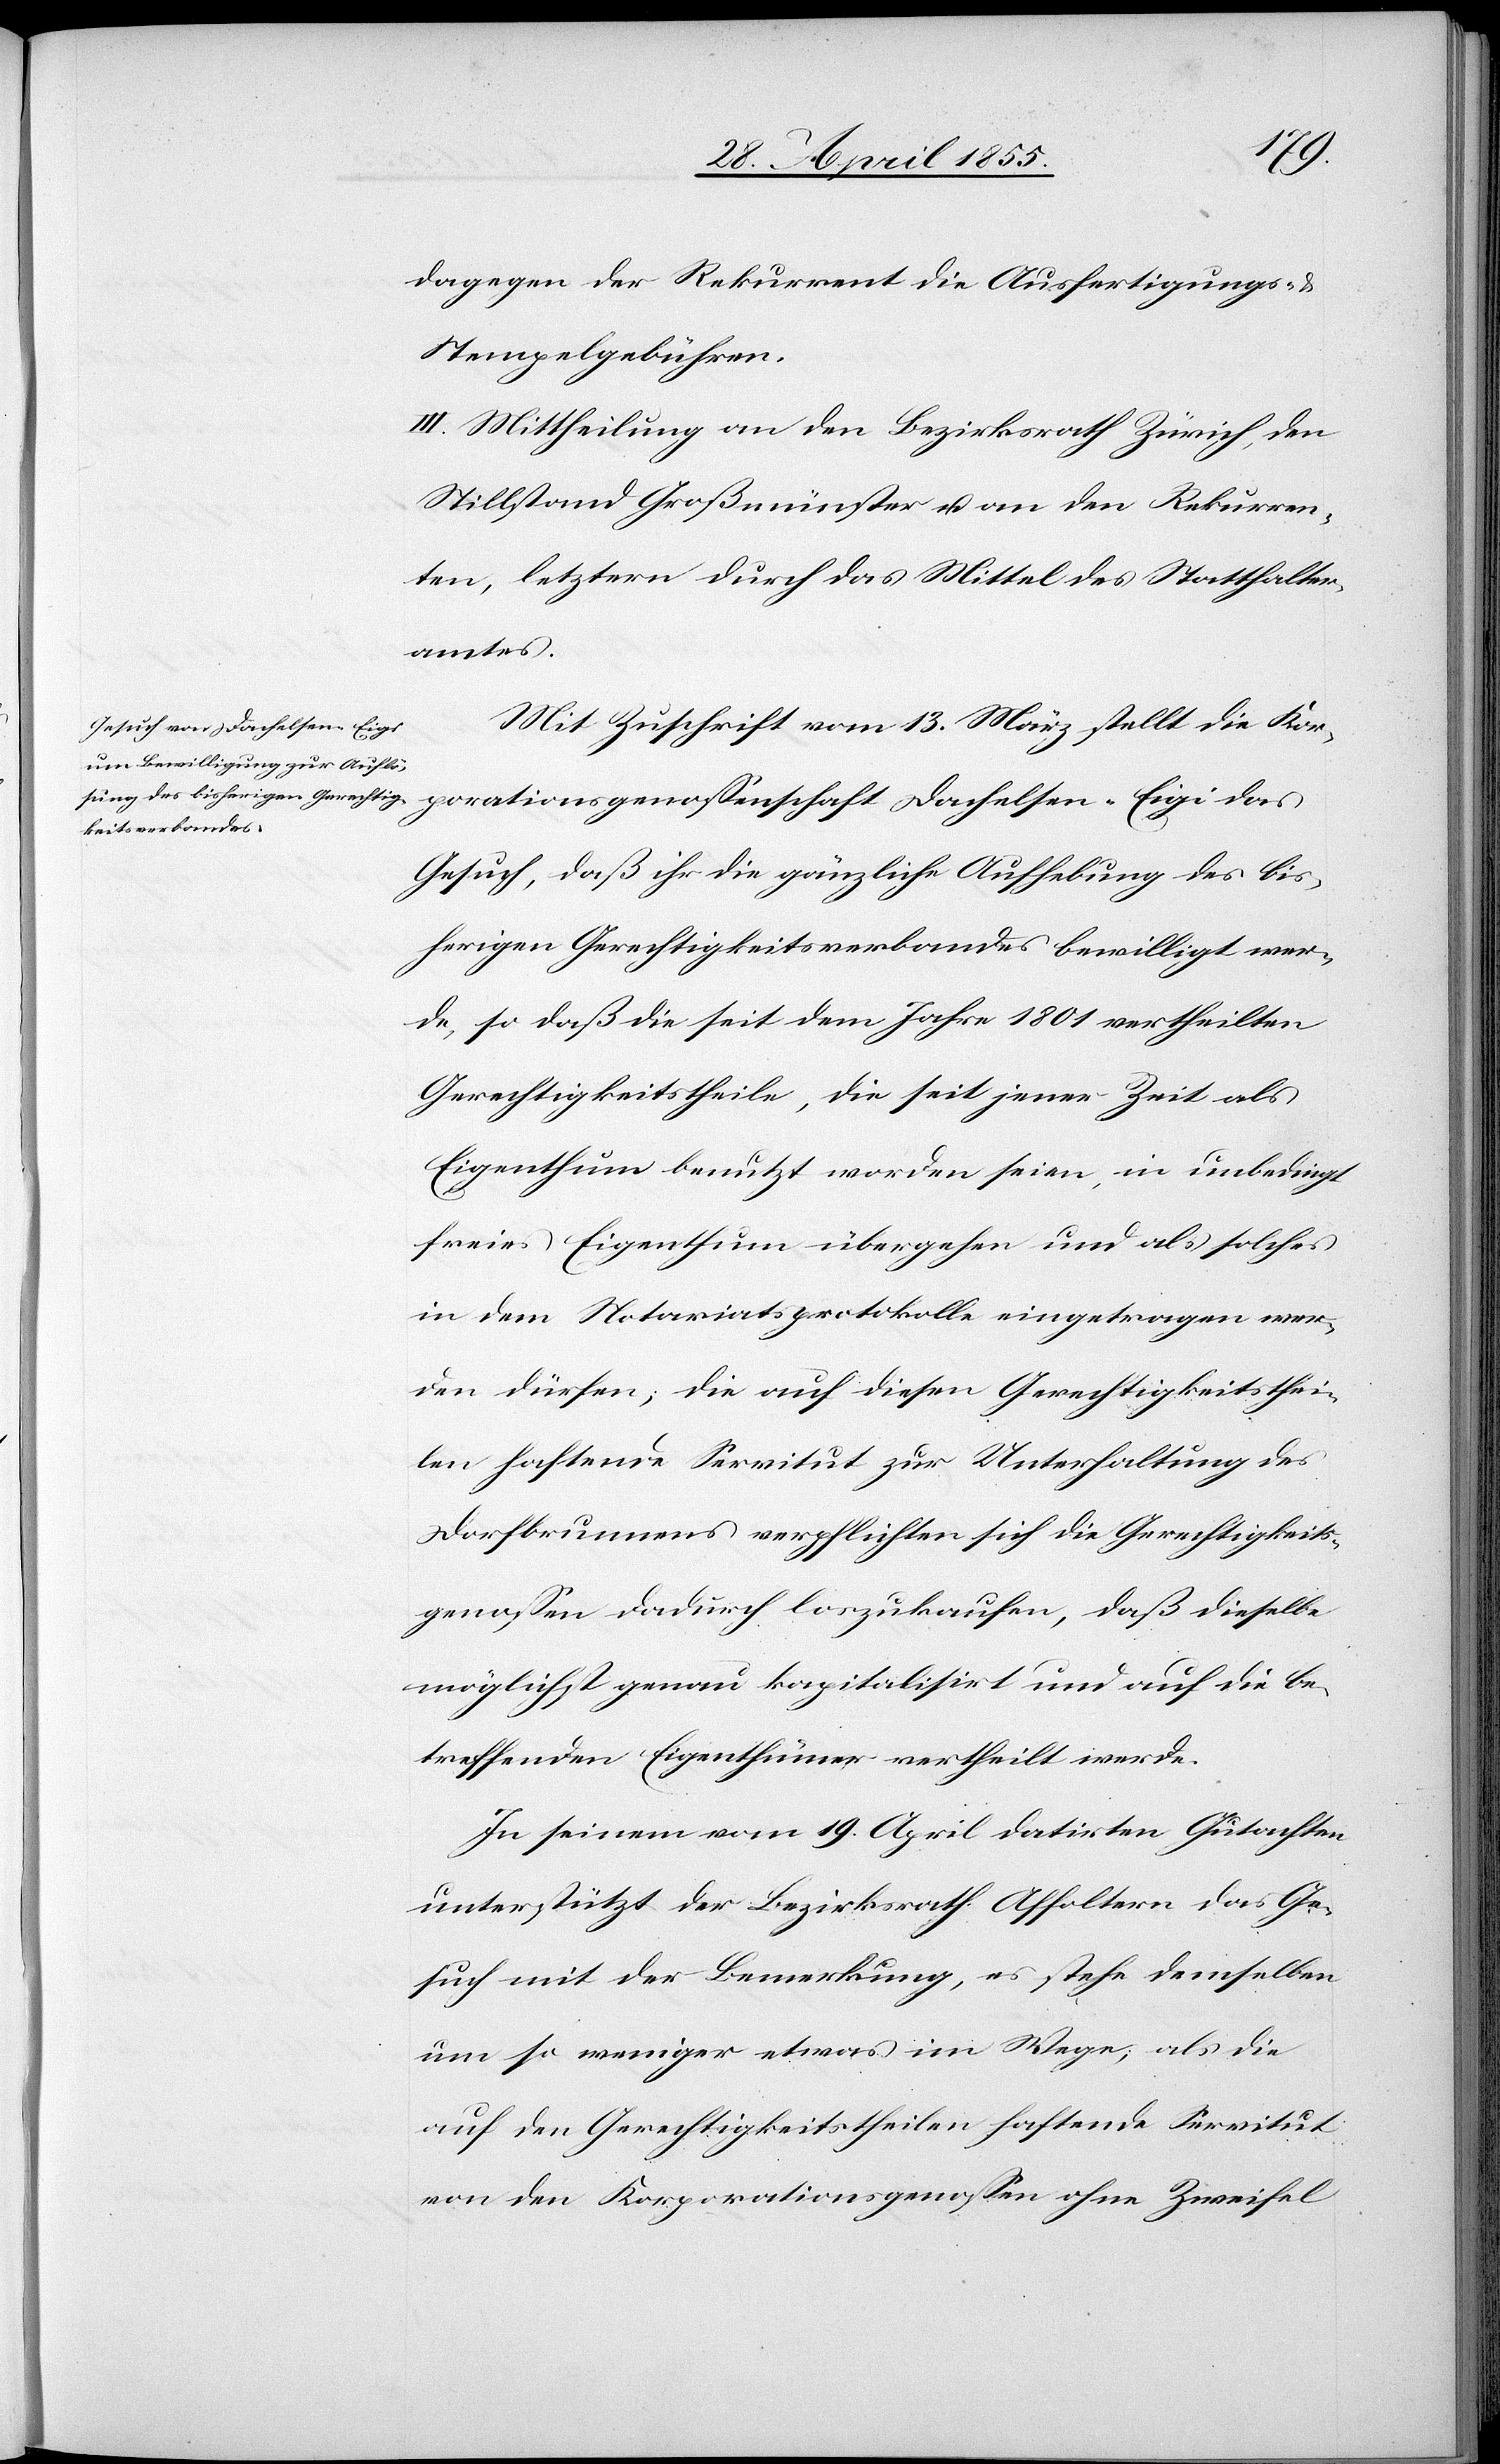
dagegen der Rekurrent die Ausfertigungs-
Stempelgebühren.
III. Mittheilung an den Bezirksrath Zürich, den
Stillstand Großmünster u. an den Rekurren¬
ten, letztern durch das Mittel des Statthalter¬
amtes.
Mit Zuschrift vom 13. März stellt die Kor¬
porationsgenossenschaft Dachelsen-Eigi das
Gesuch, daß ihr die gänzliche Aufhebung des bis¬
herigen Gerechtigkeitsverbandes bewilligt wer¬
de, so daß die seit dem Jahre 1801 vertheilten
Gerechtigkeitstheile, die seit jener Zeit als
Eigenthum benutzt worden seien, in unbedingt
freies Eigenthum übergehen und als solches
in dem Notariatsprotokolle eingetragen wer¬
den dürfen; die auf diesen Gerechtigkeitsthei¬
len haftende Servitut zur Unterhaltung des
Dorfbrunnens verpflichten sich die Gerechtigkeits¬
genossen dadurch loszukaufen, daß dieselbe
möglichst genau kapitalisirt und auf die be¬
treffenden Eigenthümer vertheilt werde.
In seinem vom 19. April datirten Gutachten
unterstützt der Bezirksrath Affoltern das Ge¬
such mit der Bemerkung, es stehe demselben
um so weniger etwas im Wege, als die
auf den Gerechtigkeitstheilen haftende Servitut
von den Korporationsgenossen ohne Zweifel